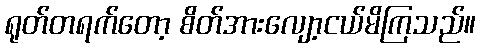
ရုတ်တရက်တော့ စိတ်အားလျော့ငယ်မိကြသည်။